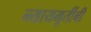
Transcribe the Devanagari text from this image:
न्यायमूर्तीची